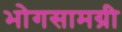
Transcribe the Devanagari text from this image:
भोगसामग्री